Vaccine operations Central Provinces & Berar 1922-1929 - 1922-1929
Year: 1922
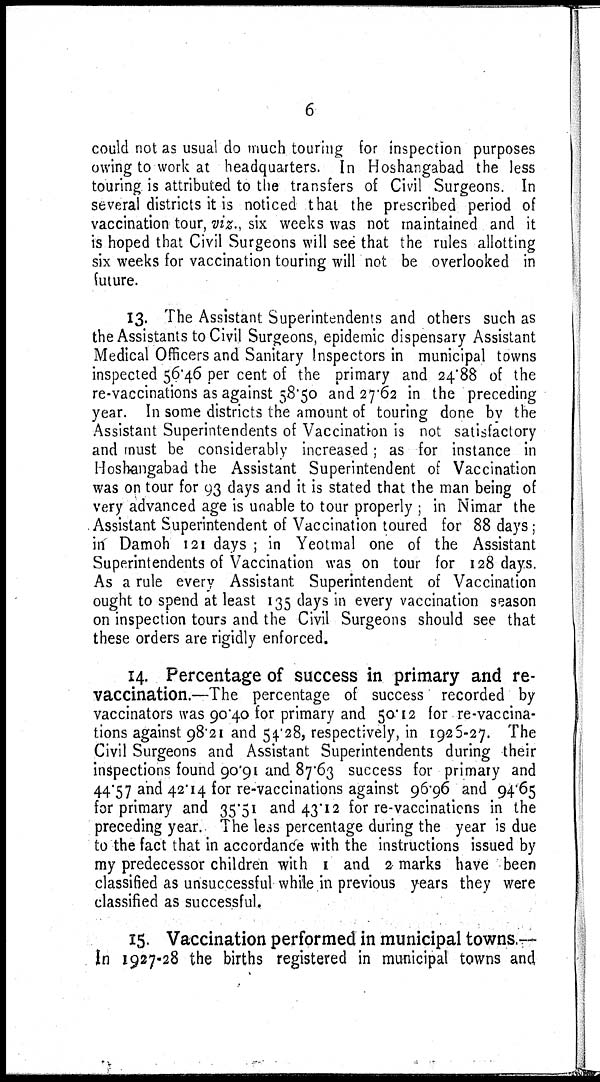
6
could not as usual do much touring for inspection purposes
owing to work at headquarters. In Hoshangabad the less
touring is attributed to the transfers of Civil Surgeons. In
several districts it is noticed that the prescribed period of
vaccination tour, viz., six weeks was not maintained and it
is hoped that Civil Surgeons will see that the rules allotting
six weeks for vaccination touring will not be overlooked in
future.
13. The Assistant Superintendents and others such as
the Assistants to Civil Surgeons, epidemic dispensary Assistant
Medical Officers and Sanitary Inspectors in municipal towns
inspected 56.46 per cent of the primary and 24.88 of the
re-vaccinations as against 58.50 and 27.62 in the preceding
year. In some districts the amount of touring done by the
Assistant Superintendents of Vaccination is not satisfactory
and must be considerably increased; as for instance in
Hoshangabad the Assistant Superintendent of Vaccination
was on tour for 93 days and it is stated that the man being of
very advanced age is unable to tour properly ; in Nimar the
Assistant Superintendent of Vaccination toured for 88 days;
in Damoh 121 days ; in Yeotmal one of the Assistant
Superintendents of Vaccination was on tour for 128 days.
As a rule every Assistant Superintendent of Vaccination
ought to spend at least 135 days in every vaccination season
on inspection tours and the Civil Surgeons should see that
these orders are rigidly enforced.
14. Percentage of success in primary and re¬
vaccination.—The percentage of success recorded by
vaccinators was 90.40 for primary and 50.12 for re-vaccina-
tions against 98.21 and 54.28, respectively, in 1926-27. The
Civil Surgeons and Assistant Superintendents during their
inspections found 90.91 and 87.63 success for primary and
44.57 and 42.14 for re-vaccinations against 96.96 and 94.65
for primary and 35.51 and 43.12 for re-vaccinations in the
preceding year. The less percentage during the year is due
to the fact that in accordance with the instructions issued by
my predecessor children with 1 and 2 marks have been
classified as unsuccessful while in previous years they were
classified as successful.
15. Vaccination performed in municipal towns.—
In 1927-28 the births registered in municipal towns and